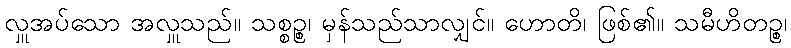
လှူအပ်သော အလှူသည်။ သစ္စဉ္စ၊ မှန်သည်သာလျှင်။ ဟောတိ၊ ဖြစ်၏။ သမီဟိတဉ္စ၊